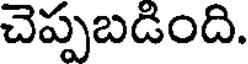
చెప్పబడింది.